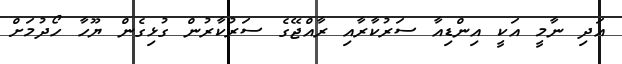
އަދި ނާމީ އަކީ އިންޑިއާ ސަރުކާރާއި ރާއްޖޭގެ ސަރުކާރުން ގުޅިގެން ޔޫހާ ހޯދުމަށް